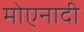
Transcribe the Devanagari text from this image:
मोएनादी